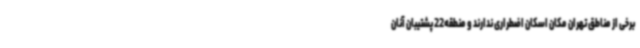
برخی از مناطق تهران مکان اسکان اضطراری ندارند و منطقه22 پشتیبان آنان